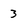
Character: 3